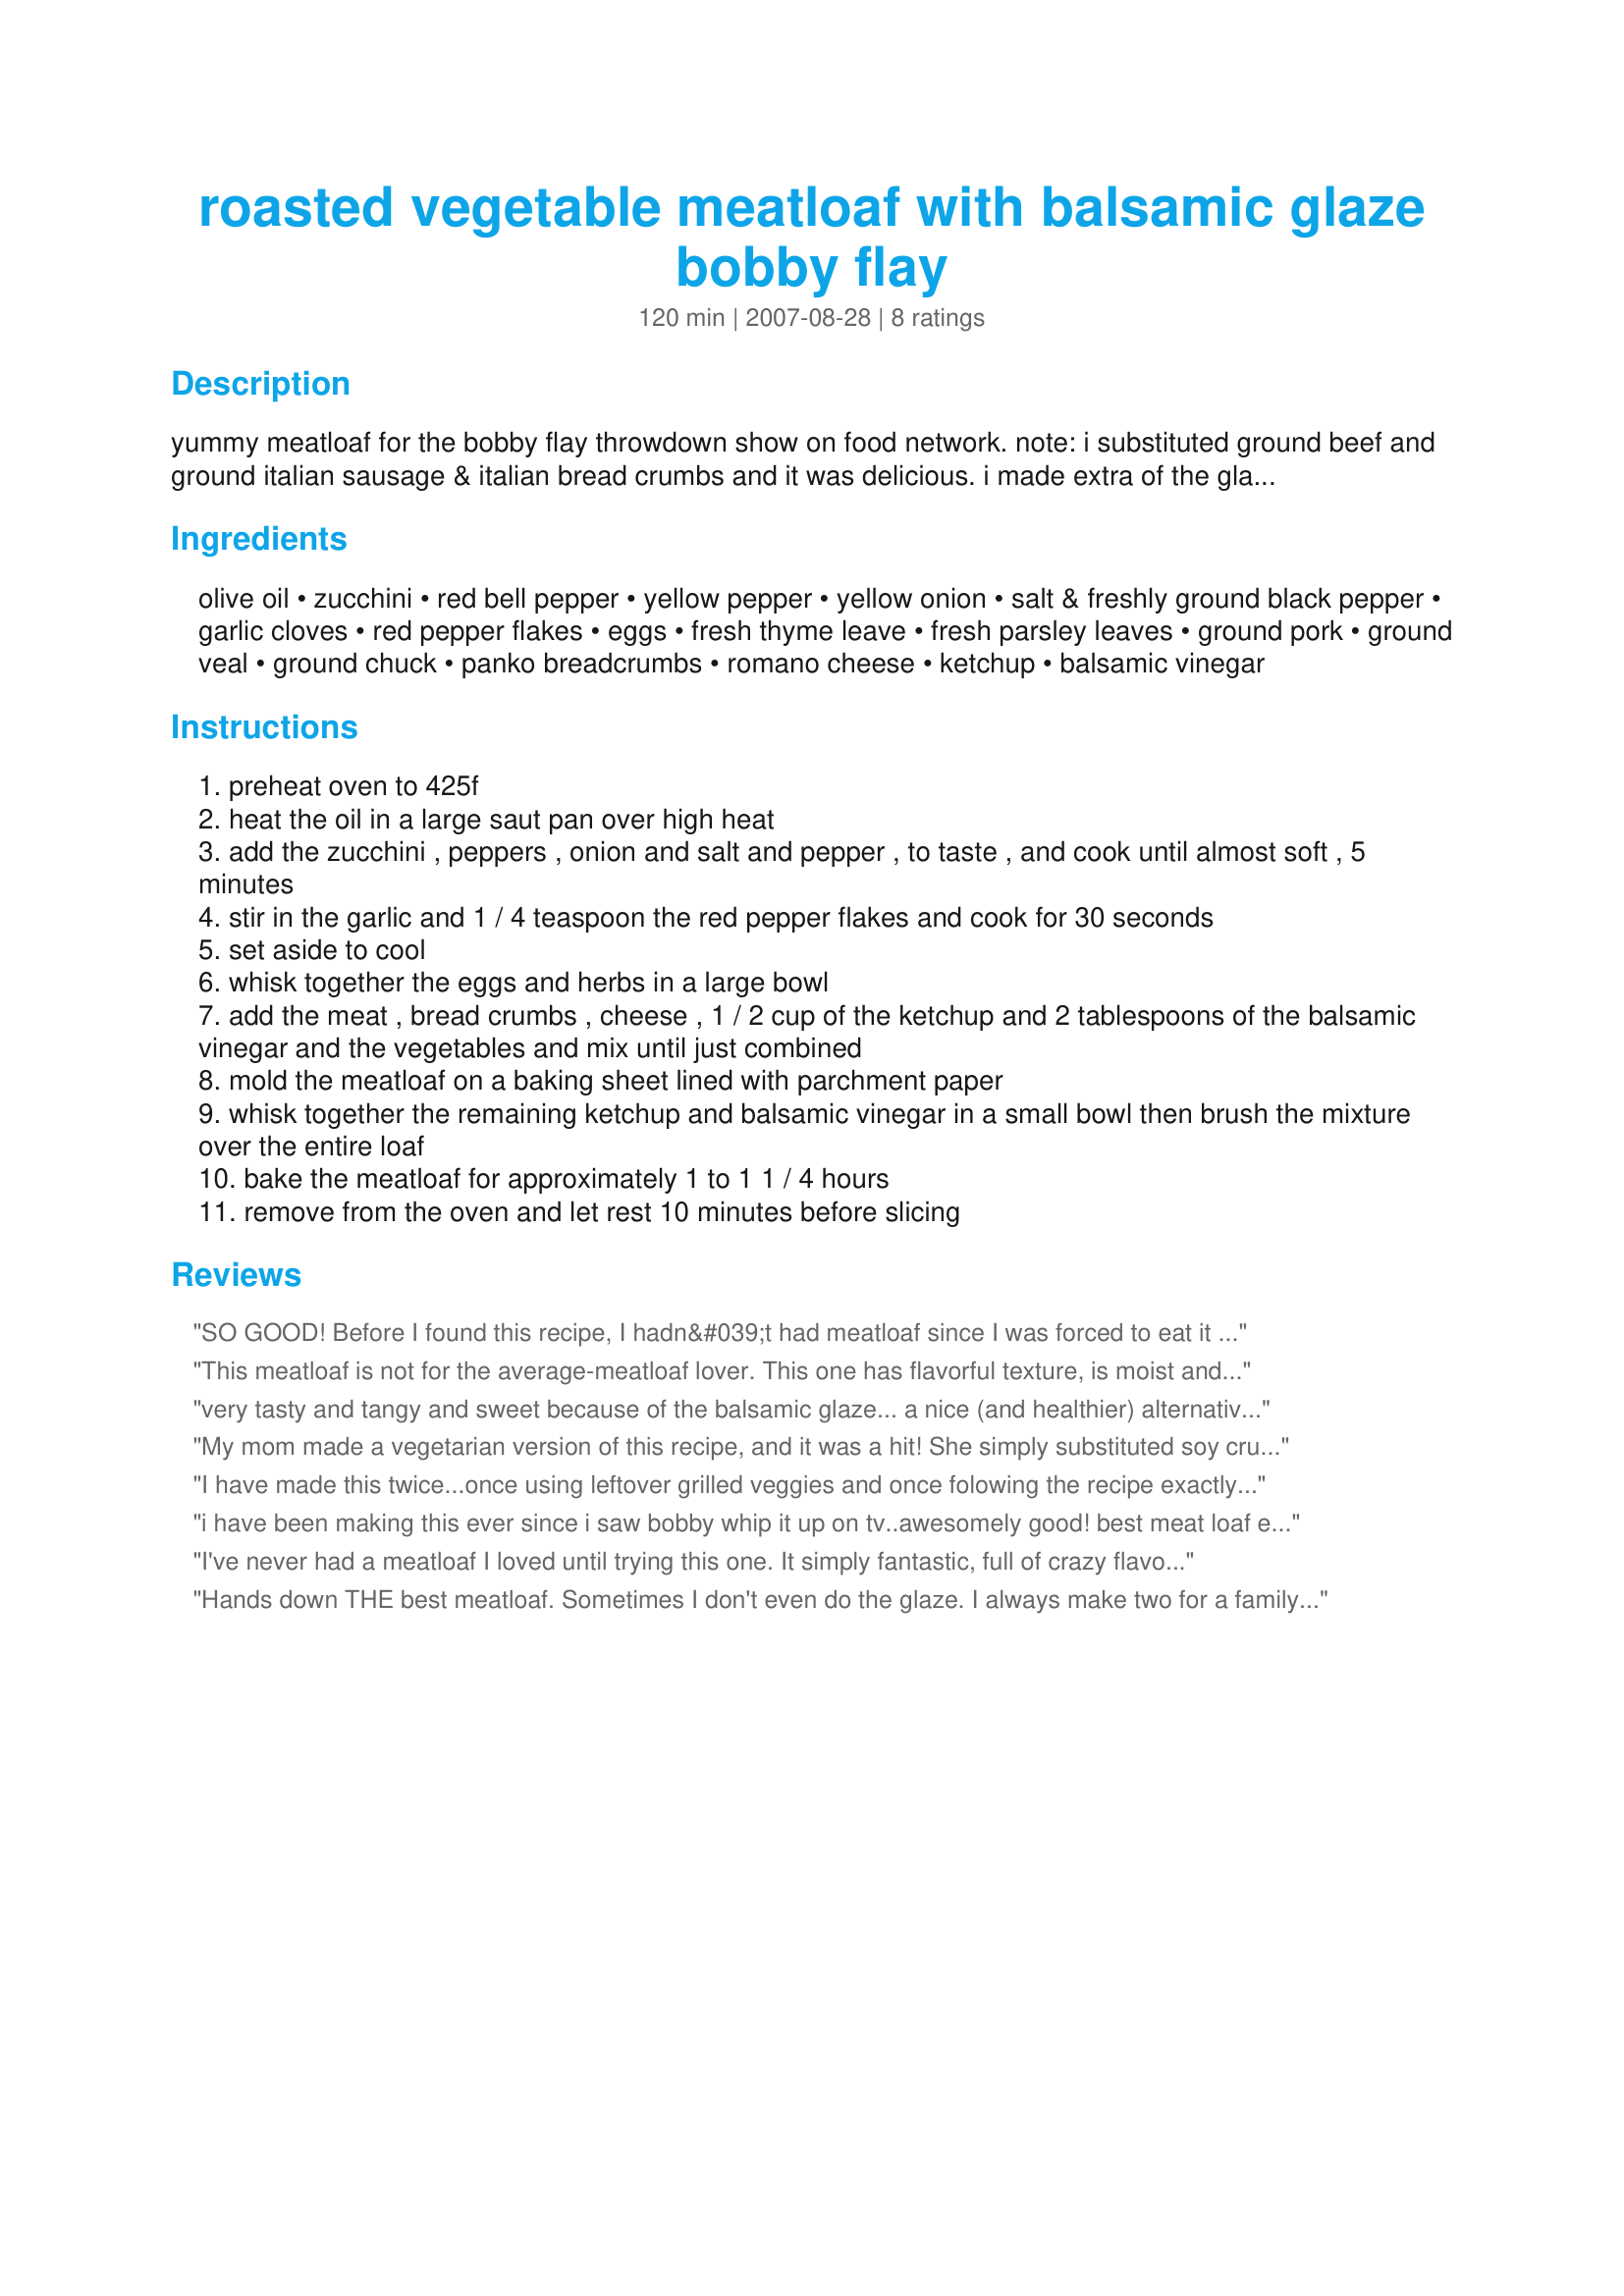
roasted vegetable meatloaf with balsamic glaze bobby flay
Preparation time: 120 minutes

yummy meatloaf for the bobby flay throwdown show on food network.

note: i substituted ground beef and ground italian sausage & italian bread crumbs and it was delicious. i made extra of the glaze and topped each serving.

Ingredients:
olive oil, zucchini, red bell pepper, yellow pepper, yellow onion, salt & freshly ground black pepper, garlic cloves, red pepper flakes, eggs, fresh thyme leave, fresh parsley leaves, ground pork, ground veal, ground chuck, panko breadcrumbs, romano cheese, ketchup, balsamic vinegar

Steps:
preheat oven to 425f
heat the oil in a large saut pan over high heat
add the zucchini , peppers , onion and salt and pepper , to taste , and cook until almost soft , 5 minutes
stir in the garlic and 1 / 4 teaspoon the red pepper flakes and cook for 30 seconds
set aside to cool
whisk together the eggs and herbs in a large bowl
add the meat , bread crumbs , cheese , 1 / 2 cup of the ketchup and 2 tablespoons of the balsamic vinegar and the vegetables and mix until just combined
mold the meatloaf on a baking sheet lined with parchment paper
whisk together the remaining ketchup and balsamic vinegar in a small bowl then brush the mixture over the entire loaf
bake the meatloaf for approximately 1 to 1 1 / 4 hours
remove from the oven and let rest 10 minutes before slicing

Reviews:
SO GOOD! Before I found this recipe, I hadn&#039;t had meatloaf since I was forced to eat it as child. Now, I&#039;ve made it twice in the past 3 weeks! &lt;br/&gt;The first time I made it, I used whatever vegetables I had on hand--mostly carrots and onions. The second time, I used everything specified in the recipe. I roasted them all in the oven, including two heads of garlic, and then pretty much pureed them in the food processor. &lt;br/&gt;For the meat, I used 1.25 lbs of &quot;meatloaf mixture&quot; (beef, pork, veal) and 1 lb plain ground beef, so I had a little extra meat. I made extra glaze because of this, and because I formed the mixture into two loaves (extra surface area), but I definitely didn&#039;t need to. I applied the glaze liberally 5 times--once before putting it in the oven, then every 15 minutes while baking, and I still had glaze left over. I baked them for the full 1 hour 15 minutes. My husband and I loved it the first time I made it, but we agree that it was much better the second time!
This meatloaf is not for the average-meatloaf lover. This one has flavorful texture, is moist and unique! I fell in love with it the first time I tried it. Especially delicious if you like vegies. The balsamic-ketchup glaze makes it a dish you won't forget!
very tasty and tangy and sweet because of the balsamic glaze... a nice (and healthier) alternative to regular old meat loaf.
My mom made a vegetarian version of this recipe, and it was a hit! She simply substituted soy crumbles for the meat and other than that followed the recipe. It was SO good. A great alternative to traditional meatloaf.
I have made this twice...once using leftover grilled veggies and once folowing the recipe exactly...there will never be another meatloaf recipe I ever use. The time needed for this is sooo worth it, and the taste is just to die for. If you want to serve this for a special occasion - this will impress everyone!!!!
i have been making this ever since i saw bobby whip it up on tv..awesomely good! best meat loaf ever!
I've never had a meatloaf I loved until trying this one. It simply fantastic, full of crazy flavor, and it is so moist. Like most recipes, I can never avoid making personal tweaks. I substitue grated Dubliner cheese for the romano (and double the amount). I also use a bag of butter &amp; garlic croutons which I pulverize into crumbs inside the bag and use them in place of the panko breadcrumbs. Talk about kicking the flavor up a notch. It's simply fantastic and is the only meatloaf I ever make now.
Hands down THE best meatloaf. Sometimes I don't even do the glaze. I always make two for a family of five and rarely ever have leftovers - yes it is that good!
